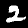
Label: 2